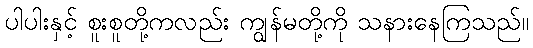
ပါပါးနှင့် စူးစူတို့ကလည်း ကျွန်မတို့ကို သနားနေကြသည်။